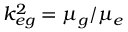
k _ { e g } ^ { 2 } = \mu _ { g } / \mu _ { e }